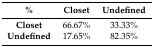
<table><thead><tr><td><b>%</b></td><td><b>Closet</b></td><td><b>Undefined</b></td></tr></thead><tbody><tr><td><b>Closet</b></td><td>66.67%</td><td>33.33%</td></tr><tr><td><b>Undefined</b></td><td>17.65%</td><td>82.35%</td></tr></tbody></table>